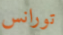
تورانس